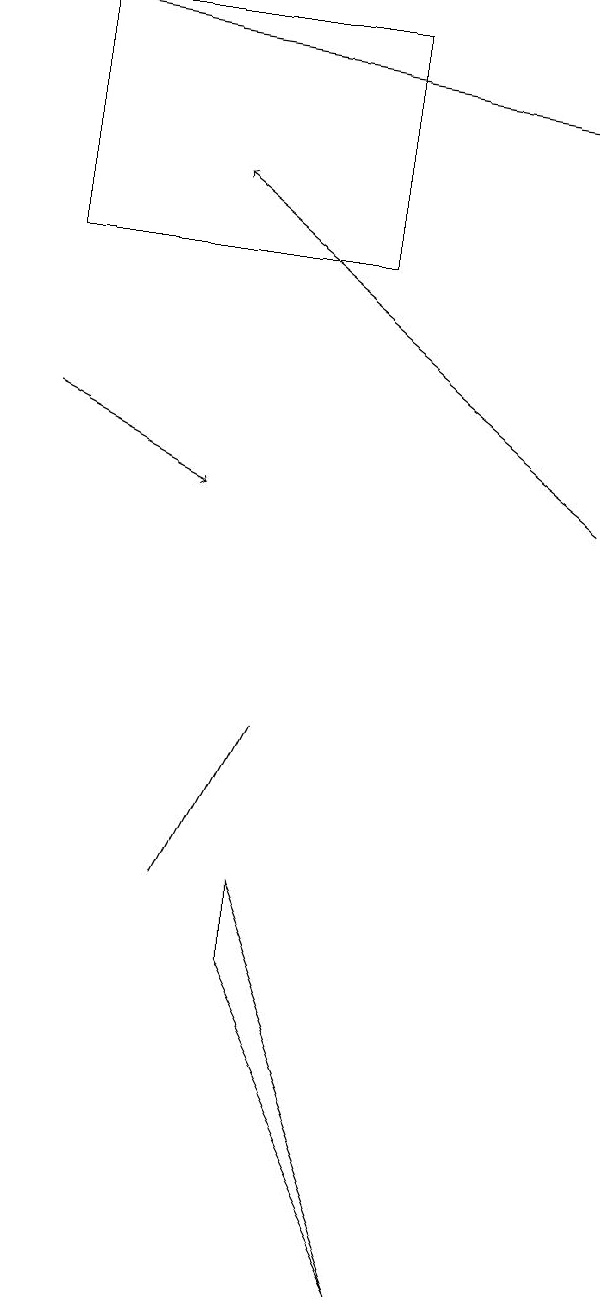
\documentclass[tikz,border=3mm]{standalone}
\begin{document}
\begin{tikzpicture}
\draw[->] (8,17) -- (1,18);
\draw[->] (8,12) -- (3,16);
\draw[->] (1,13) -- (3,12);
\draw (4,7) -- (6,2) -- (4,6) -- cycle;
\draw (3,7) -- (4,9) -- (3,7) -- cycle;
\draw (5,18) rectangle (1,15);
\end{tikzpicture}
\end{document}